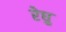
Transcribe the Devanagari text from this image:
रेघु